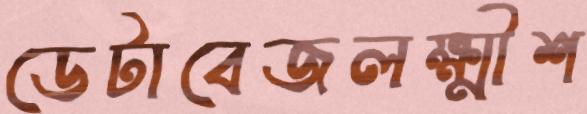
ডেটাবেজলক্ষ্মীশ